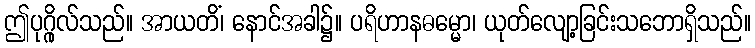
ဤပုဂ္ဂိုလ်သည်။ အာယတိံ၊ နောင်အခါ၌။ ပရိဟာနဓမ္မော၊ ယုတ်လျော့ခြင်းသဘောရှိသည်။